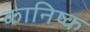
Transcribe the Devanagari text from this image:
कानिष्क